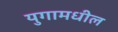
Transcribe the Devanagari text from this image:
युगामधील